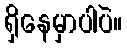
ရှိနေမှာပါပဲ။